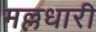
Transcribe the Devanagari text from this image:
मल्लधारी